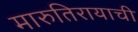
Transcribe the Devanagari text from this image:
मारुतिरायाची